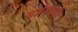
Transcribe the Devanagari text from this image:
अज्ञेयवादी।